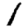
Digit: 1